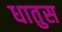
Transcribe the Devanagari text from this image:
धातुस